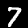
Digit: 7